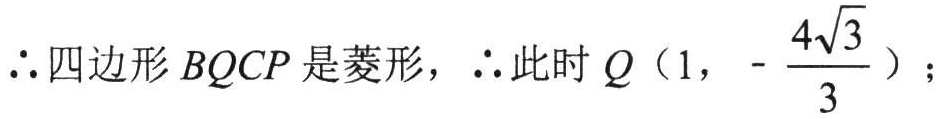
\(\therefore\)四边形\(BQCP\)是菱形，\(\therefore\)此时\(Q\left(1,-\dfrac{4\sqrt{3}}{3}\right)\)；